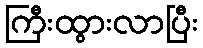
ကြီးထွားလာပြီး